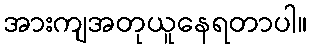
အားကျအတုယူနေရတာပါ။